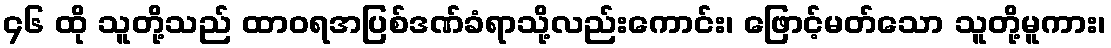
၄၆ ထို သူတို့သည် ထာဝရအပြစ်ဒဏ်ခံရာသို့လည်းကောင်း၊ ဖြောင့်မတ်သော သူတို့မူကား၊